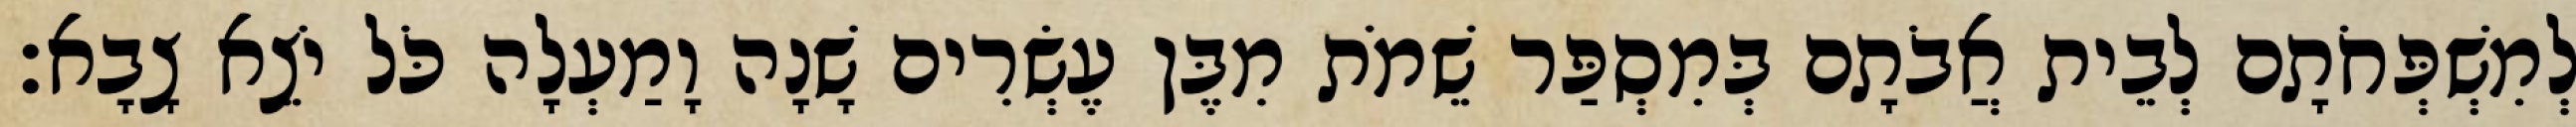
לְמִשְׁפְּחֹתָם לְבֵית אֲבֹתָם בְּמִסְפַּר שֵׁמֹת מִבֶּן עֶשְׂרִים שָׁנָה וָמַעְלָה כֹּל יֹצֵא צָבָא׃